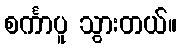
စင်္ကာပူ သွားတယ်။